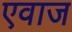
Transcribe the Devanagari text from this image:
एवाज